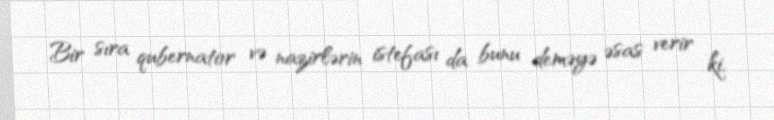
Bir sıra qubernator və nazirlərin istefası da bunu deməyə əsas verir ki,